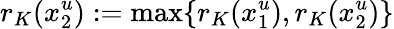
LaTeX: r_{K}(x_{2}^{u}):=\operatorname*{max}\{ r_{K}(x_{1}^{u}),r_{K}(x_{2}^{u})\}